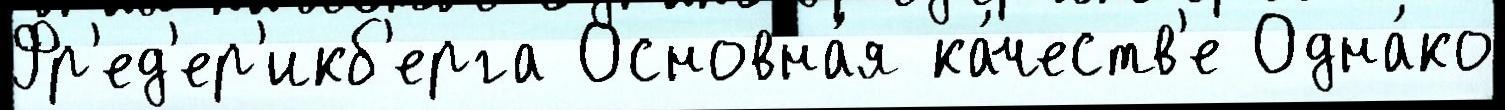
Фр'ед'ер'икб'ерга Основна́я ка́честв'е Одна́ко